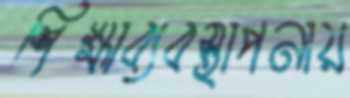
শিক্ষাব্যবস্থাপনায়